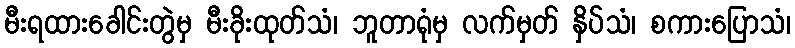
မီးရထားခေါင်းတွဲမှ မီးခိုးထုတ်သံ၊ ဘူတာရုံမှ လက်မှတ် နှိပ်သံ၊ စကားပြောသံ၊